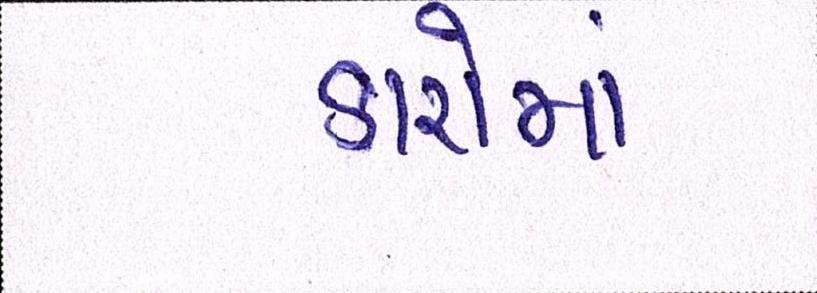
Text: કારોમાં